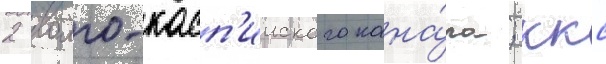
2 волго-касп'ииского кана́ла; ккс